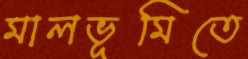
মালভূমিতে